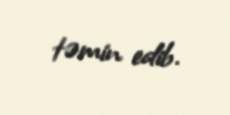
təmin edib.